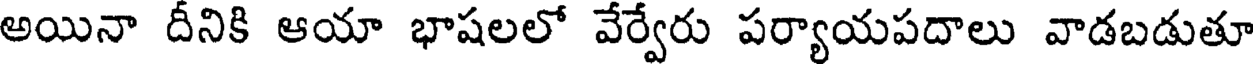
అయినా దీనికి ఆయా భాషలలో వేర్వేరు పర్యాయపదాలు వాడబడుతూ